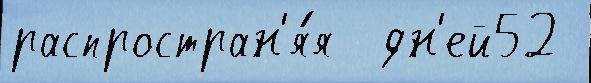
распростран'я́я  дн'ей52